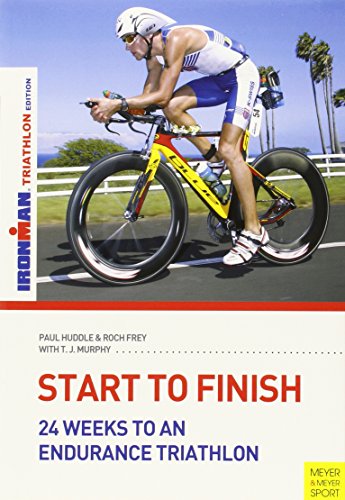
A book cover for Start to Finish: 24 Weeks to an Endurance Triathlon; Paul Huddle; Health, Fitness & Dieting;